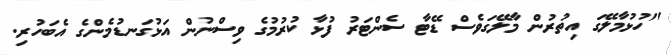
"ހުޅުމާލޭގަ އިތުރުން މާލޭގަވެސް ޑޭޓާ ސެންޓަރު ފުޅާ ކުރުމުގެ ވިސްނުން އަޅުގަނޑުމެންގެ އެބަހުރި.